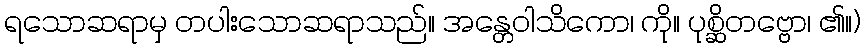
ရသောဆရာမှ တပါးသောဆရာသည်။ အန္တေဝါသိကော၊ ကို။ ပုစ္ဆိတဗ္ဗော၊ ၏။)